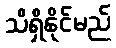
သိရှိနိုင်မည်